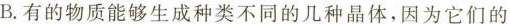
B.有的物质能够生成种类不同的几种晶体，因为它们的